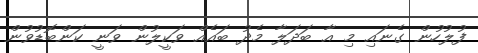
ފުލުހުން ގެނައި މި އާ ބަދަލާ މެދު ބައެއް ވަކީލުން ވަނީ ކަންބޮޑުވުން